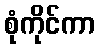
စုံကိုင်ကာ